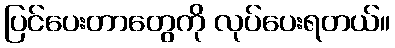
ပြင်ပေးတာတွေကို လုပ်ပေးရတယ်။